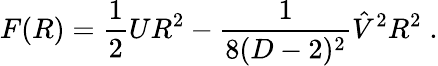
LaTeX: F(R)={\frac{1}{2}}UR^{2}-{\frac{1}{8(D-2)^{2}}}\hat{V}^{2}R^{2}\; .